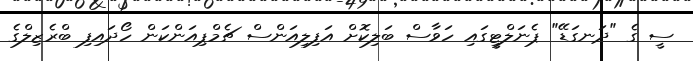
ސީ ގެ "ދަނގަޑޭ" ޕެނަލްޓީގައި ހަވާސް ބަލިކޮށް އަފިލިއަންސް ޗެމްޕިއަންކަން ހޯދައިފި ބްރެޒިލްގެ